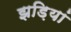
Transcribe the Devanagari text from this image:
झड़ियां